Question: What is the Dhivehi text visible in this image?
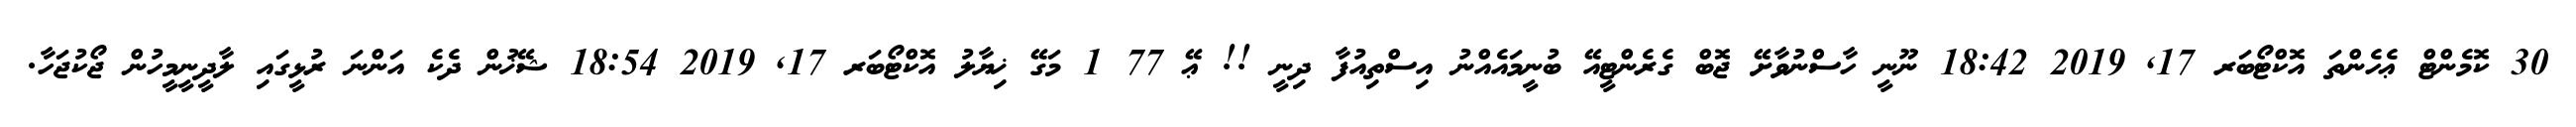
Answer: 30 ކޮމެންޓް ޢެހެންތަ އޮކްޓޯބަރ 17, 2019 18:42 ނޫނީ ހާސްނުވާށޭ ޖޮބް ގެރެންޓީއޭ ބުނީމައެއްނު އިސްތިއުފާ ދިނީ !! ޢޭ 77 1 މަގޭ ޚިޔާލު އޮކްޓޯބަރ 17, 2019 18:54 ޝޭޚުން ދެކެ އަންނަ ރުޅީގައި ލާދީނީމީހުން ޖޯކުޖަހާ.